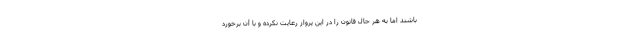
باشند اما به هر حال قانون را در این پرواز رعایت نکرده و با آن برخورد